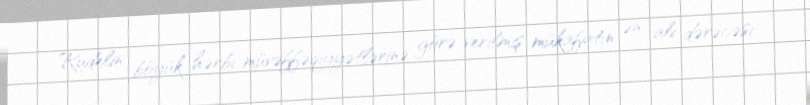
Rudelin böyük hərbi müvəffəqiyyətlərinə görə verilmiş mükafatın ən ali dərəcəsi